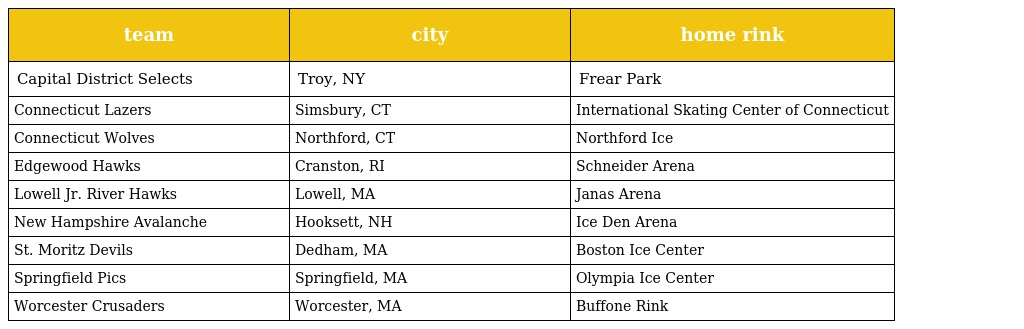
| team | city | home rink |
 | --- | --- | --- |
 | Capital District Selects | Troy, NY | Frear Park |
 | Connecticut Lazers | Simsbury, CT | International Skating Center of Connecticut |
 | Connecticut Wolves | Northford, CT | Northford Ice |
 | Edgewood Hawks | Cranston, RI | Schneider Arena |
 | Lowell Jr. River Hawks | Lowell, MA | Janas Arena |
 | New Hampshire Avalanche | Hooksett, NH | Ice Den Arena |
 | St. Moritz Devils | Dedham, MA | Boston Ice Center |
 | Springfield Pics | Springfield, MA | Olympia Ice Center |
 | Worcester Crusaders | Worcester, MA | Buffone Rink |